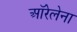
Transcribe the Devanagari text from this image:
ऑरेलेना